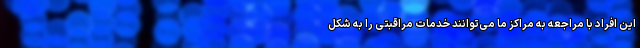
این افراد با مراجعه به مراکز ما می‌توانند خدمات مراقبتی را به شکل